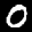
Label: 0